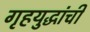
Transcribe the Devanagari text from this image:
गृहयुद्धांची